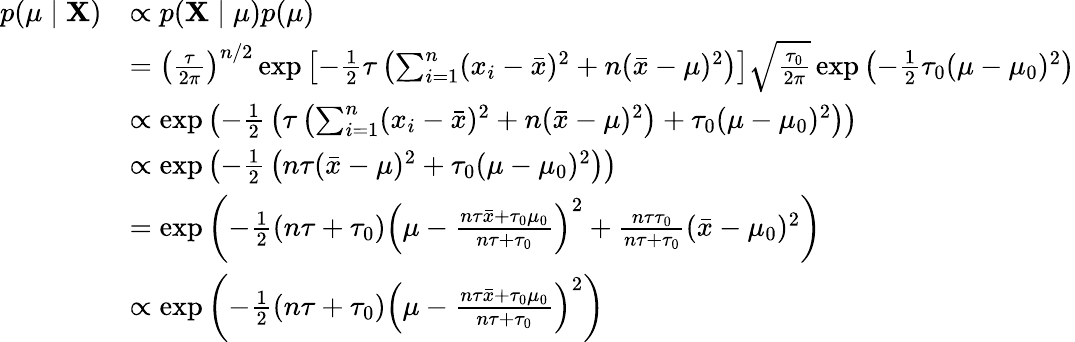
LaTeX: {\begin{array}{rl}{p(\mu\mid\mathbf{X})}&{\propto p(\mathbf{X}\mid\mu)p(\mu)}\\ &{=\left({\frac{\tau}{2\pi}}\right)^{n/2}\exp\left[-{\frac{1}{2}}\tau\left(\sum_{i=1}^{n}(x_{i}-{\bar{x}})^{2}+n({\bar{x}}-\mu)^{2}\right)\right]{\sqrt{\frac{\tau_{0}}{2\pi}}}\exp\left(-{\frac{1}{2}}\tau_{0}(\mu-\mu_{0})^{2}\right)}\\ &{\propto\exp\left(-{\frac{1}{2}}\left(\tau\left(\sum_{i=1}^{n}(x_{i}-{\bar{x}})^{2}+n({\bar{x}}-\mu)^{2}\right)+\tau_{0}(\mu-\mu_{0})^{2}\right)\right)}\\ &{\propto\exp\left(-{\frac{1}{2}}\left(n\tau({\bar{x}}-\mu)^{2}+\tau_{0}(\mu-\mu_{0})^{2}\right)\right)}\\ &{=\exp\left(-{\frac{1}{2}}(n\tau+\tau_{0})\left(\mu-{\frac{n\tau{\bar{x}}+\tau_{0}\mu_{0}}{n\tau+\tau_{0}}}\right)^{2}+{\frac{n\tau\tau_{0}}{n\tau+\tau_{0}}}({\bar{x}}-\mu_{0})^{2}\right)}\\ &{\propto\exp\left(-{\frac{1}{2}}(n\tau+\tau_{0})\left(\mu-{\frac{n\tau{\bar{x}}+\tau_{0}\mu_{0}}{n\tau+\tau_{0}}}\right)^{2}\right)}\end{array}}